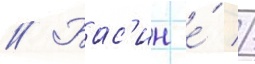
// Бас'ин е́ //